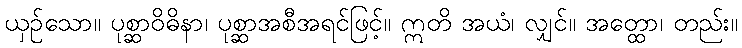
ယှဉ်သော။ ပုစ္ဆာဝိဓိနာ၊ ပုစ္ဆာအစီအရင်ဖြင့်။ ဣတိ အယံ၊ လျှင်။ အတ္ထော၊ တည်း။